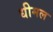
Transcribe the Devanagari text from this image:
धीमल